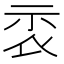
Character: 𥘖